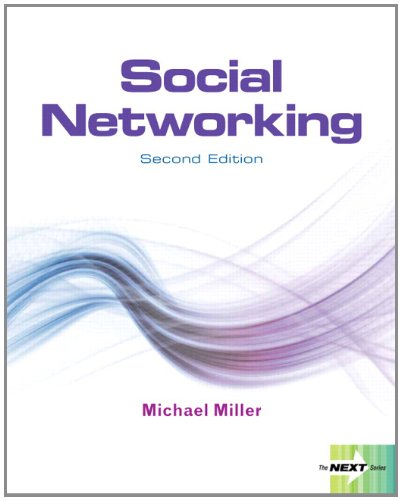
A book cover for Next Series: Social Networking (2nd Edition); Michael Miller; Computers & Technology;